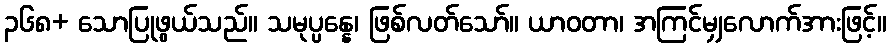
၃၆၈+ သောပြုဖွယ်သည်။ သမုပ္ပန္နေ၊ ဖြစ်လတ်သော်။ ယာဝတာ၊ အကြင်မျှလောက်အားဖြင့်။